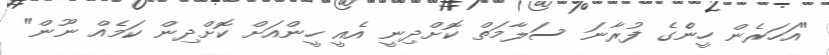
"އަހަރެން ހީންެގެ ފުރާނަ ސަލާމަތް ކޮށްދިނީ އެއީ ހީންއަށް ކޮށްދިން ކަމެއް ނޫން"